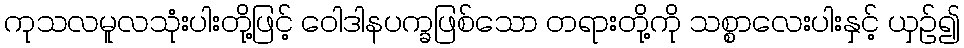
ကုသလမူလသုံးပါးတို့ဖြင့် ဝေါဒါနပက္ခဖြစ်သော တရားတို့ကို သစ္စာလေးပါးနှင့် ယှဉ်၍